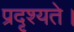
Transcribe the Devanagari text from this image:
प्रदृश्यते।